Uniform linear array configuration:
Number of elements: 12
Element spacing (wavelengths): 0.5
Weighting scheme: exponential
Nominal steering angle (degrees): -60
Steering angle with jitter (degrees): -58.601
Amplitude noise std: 0.05
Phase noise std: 0.05

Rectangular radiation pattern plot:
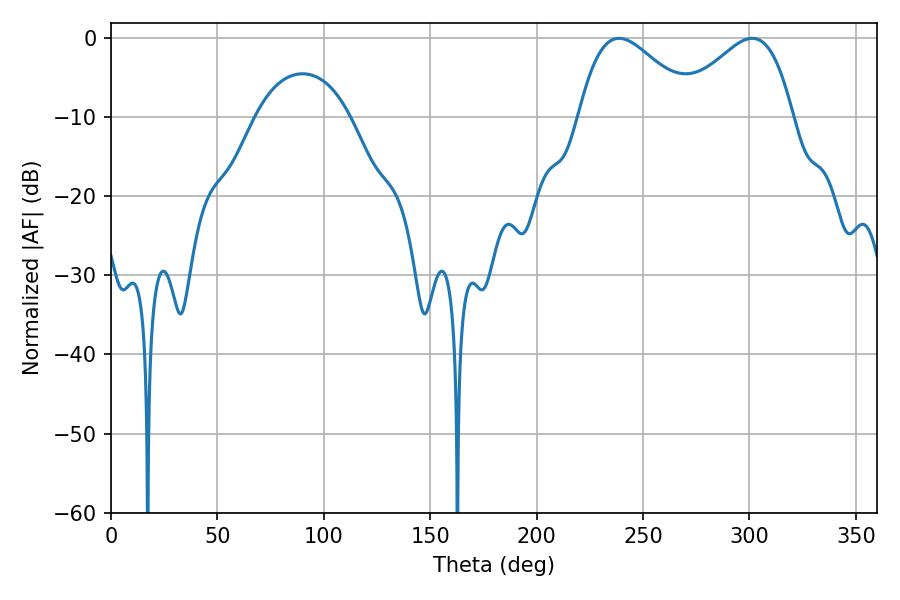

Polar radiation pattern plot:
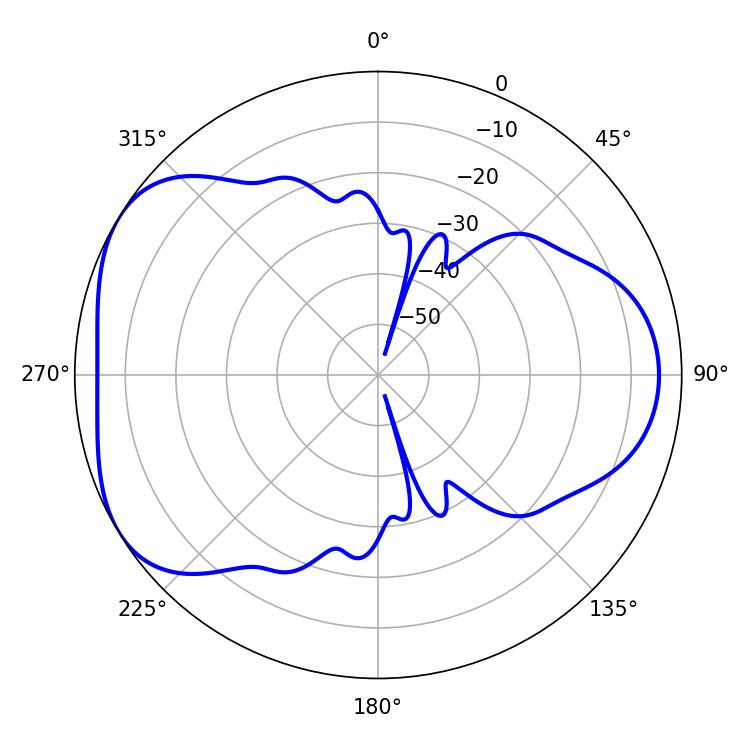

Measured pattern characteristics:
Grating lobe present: FALSE
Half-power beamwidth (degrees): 29.16
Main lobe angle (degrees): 238.68